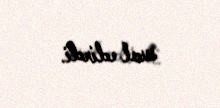
sual edirdi.